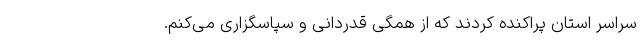
سراسر استان پراکنده کردند که از همگی قدردانی و سپاسگزاری می‌کنم.